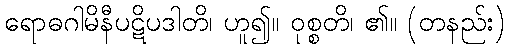
ရောဓဂါမိနီပဋိပဒါတိ၊ ဟူ၍။ ဝုစ္စတိ၊ ၏။ (တနည်း)